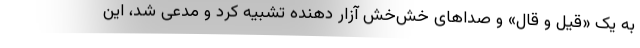
به یک «قیل و قال» و صداهای خش‌خش آزار دهنده تشبیه کرد و مدعی شد، این